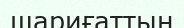
шариғаттың